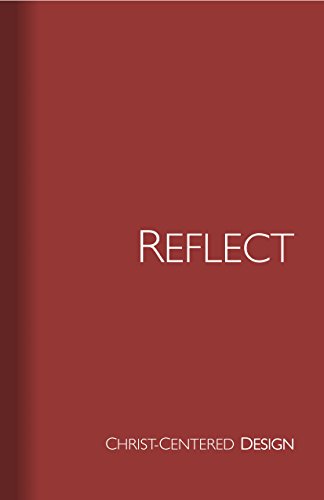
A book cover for Reflect.: Christ-centered. Design.; Wheaton Press; Christian Books & Bibles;